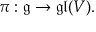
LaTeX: \pi : { \mathfrak { g } } \to { \mathfrak { g l } } ( V ) .